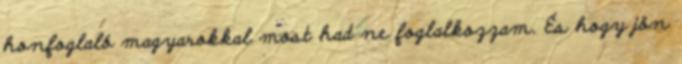
honfoglaló magyarokkal most had ne foglalkozzam. És hogy jön